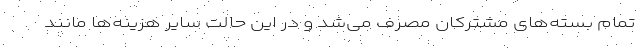
تمام بسته‌های مشترکان مصرف می‌شد و در این حالت سایر هزینه‌ها مانند